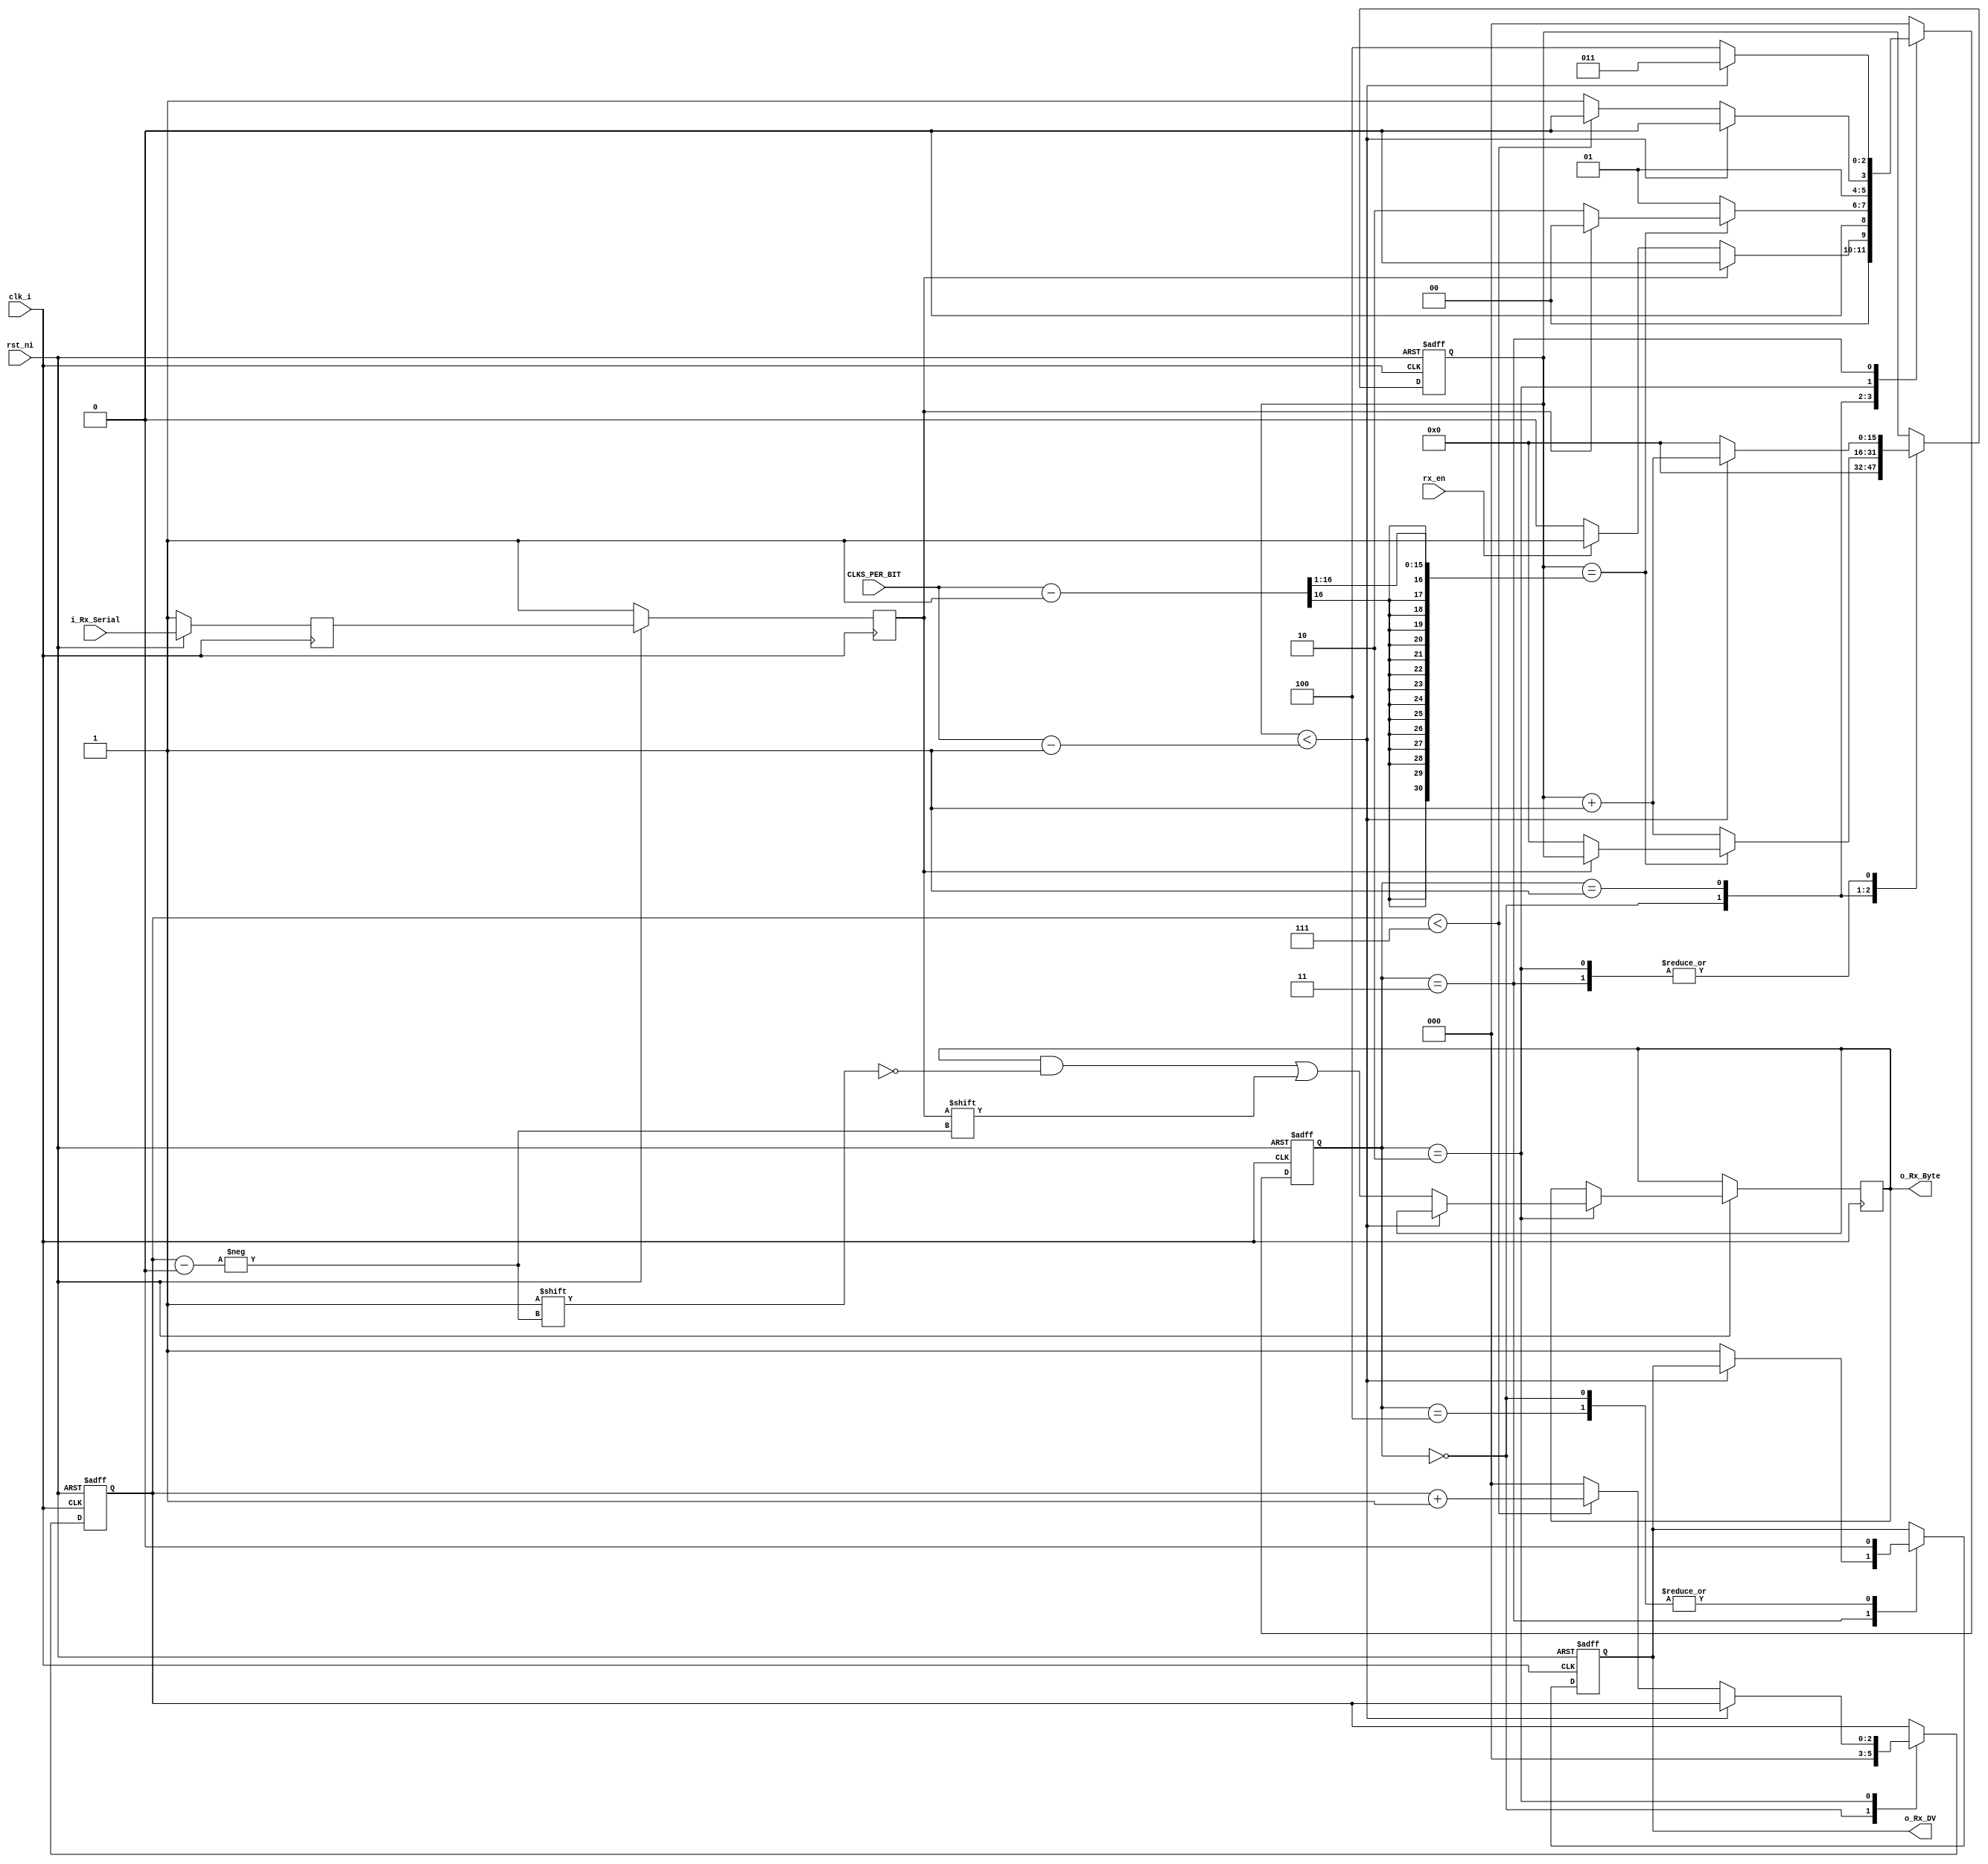
`timescale 1ns / 1ps
// Licensed under the Apache License, Version 2.0, see LICENSE for details.
// SPDX-License-Identifier: Apache-2.0

// Set Parameter CLKS_PER_BIT as follows:
// CLKS_PER_BIT = (Frequency of i_Clock)/(Frequency of UART)
// Example: 10 MHz Clock, 115200 baud UART
// (10000000)/(115200) = 87
  
module uart_rx (
   input wire        clk_i,
   input wire        rst_ni,
   input wire        rx_en,
   input wire        i_Rx_Serial,
   input wire [15:0] CLKS_PER_BIT,
   output wire        o_Rx_DV,
   output wire [7:0] o_Rx_Byte
   );
    
  parameter s_IDLE         = 3'b000;
  parameter s_RX_START_BIT = 3'b001;
  parameter s_RX_DATA_BITS = 3'b010;
  parameter s_RX_STOP_BIT  = 3'b011;
  parameter s_CLEANUP      = 3'b100;
   
  reg           r_Rx_Data_R ;
  reg           r_Rx_Data   ;
   
  reg [15:0]     r_Clock_Count ;
  reg [2:0]     r_Bit_Index  ; //8 bits total
  reg [7:0]     r_Rx_Byte   ;
  reg           r_Rx_DV     ;
  reg [2:0]     r_SM_Main   ;
   
  // Purpose: Double-register the incoming data.
  // This allows it to be used in the UART RX Clock Domain.
  // (It removes problems caused by metastability)
  always @(posedge clk_i)
    begin
    if (~rst_ni) begin
      r_Rx_Data_R <= 1'b1;
      r_Rx_Data   <= 1'b1;
    end else begin
      r_Rx_Data_R <= i_Rx_Serial;
      r_Rx_Data   <= r_Rx_Data_R;
    end
  end
   
   
  // Purpose: Control RX state machine
  always @(posedge clk_i or negedge rst_ni)
    begin
      if (~rst_ni) begin
        r_SM_Main <= s_IDLE;
        r_Rx_DV       <= 1'b0;
        r_Clock_Count <= 16'b0;
        r_Bit_Index   <= 3'b0;
      end else begin       
      case (r_SM_Main)
        s_IDLE :
          begin
            r_Rx_DV       <= 1'b0;
            r_Clock_Count <= 16'b0;
            r_Bit_Index   <= 3'b0;
             
            if (r_Rx_Data == 1'b0) begin
                if(rx_en == 1'b1) begin          // Start bit detected
                    r_SM_Main <= s_RX_START_BIT;
                end else begin
                    r_SM_Main <= s_IDLE;
                end
              end else
              r_SM_Main <= s_IDLE;
          end
         
        // Check middle of start bit to make sure it's still low
        s_RX_START_BIT :
          begin
            if (r_Clock_Count == ((CLKS_PER_BIT-1)>>1))
              begin
                if (r_Rx_Data == 1'b0)
                  begin
                    r_Clock_Count <= 16'b0;  // reset counter, found the middle
                    r_SM_Main     <= s_RX_DATA_BITS;
                  end
                else
                  r_SM_Main <= s_IDLE;
              end
            else
              begin
                r_Clock_Count <= r_Clock_Count + 16'b1;
                r_SM_Main     <= s_RX_START_BIT;
              end
          end // case: s_RX_START_BIT
         
         
        // Wait CLKS_PER_BIT-1 clock cycles to sample serial data
        s_RX_DATA_BITS :
          begin
            if (r_Clock_Count < CLKS_PER_BIT- 16'b1)
              begin
                r_Clock_Count <= r_Clock_Count + 16'b1;
                r_SM_Main     <= s_RX_DATA_BITS;
              end
            else
              begin
                r_Clock_Count          <= 16'b0;
                r_Rx_Byte[r_Bit_Index] <= r_Rx_Data;
                 
                // Check if we have received all bits
                if (r_Bit_Index < 7)
                  begin
                    r_Bit_Index <= r_Bit_Index + 3'b1;
                    r_SM_Main   <= s_RX_DATA_BITS;
                  end
                else
                  begin
                    r_Bit_Index <= 3'b0;
                    r_SM_Main   <= s_RX_STOP_BIT;
                  end
              end
          end // case: s_RX_DATA_BITS
     
     
        // Receive Stop bit.  Stop bit = 1
        s_RX_STOP_BIT :
          begin
            // Wait CLKS_PER_BIT-1 clock cycles for Stop bit to finish
            if (r_Clock_Count < CLKS_PER_BIT- 16'b1)
              begin
                r_Clock_Count <= r_Clock_Count + 16'b1;
                r_SM_Main     <= s_RX_STOP_BIT;
              end
            else
              begin
                r_Rx_DV       <= 1'b1;
                r_Clock_Count <= 16'b0;
                r_SM_Main     <= s_CLEANUP;
              end
          end // case: s_RX_STOP_BIT
     
         
        // Stay here 1 clock
        s_CLEANUP :
          begin
            r_SM_Main <= s_IDLE;
            r_Rx_DV   <= 1'b0;
          end
         
         
        default :
          r_SM_Main <= s_IDLE;
         
      endcase
      end 
    end   
   
  assign o_Rx_DV   = r_Rx_DV;
  assign o_Rx_Byte = r_Rx_Byte;
   
endmodule // uart_rx